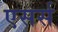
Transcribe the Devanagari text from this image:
एसर्स